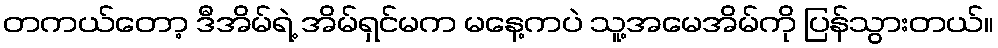
တကယ်တော့ ဒီအိမ်ရဲ့ အိမ်ရှင်မက မနေ့ကပဲ သူ့အမေအိမ်ကို ပြန်သွားတယ်။